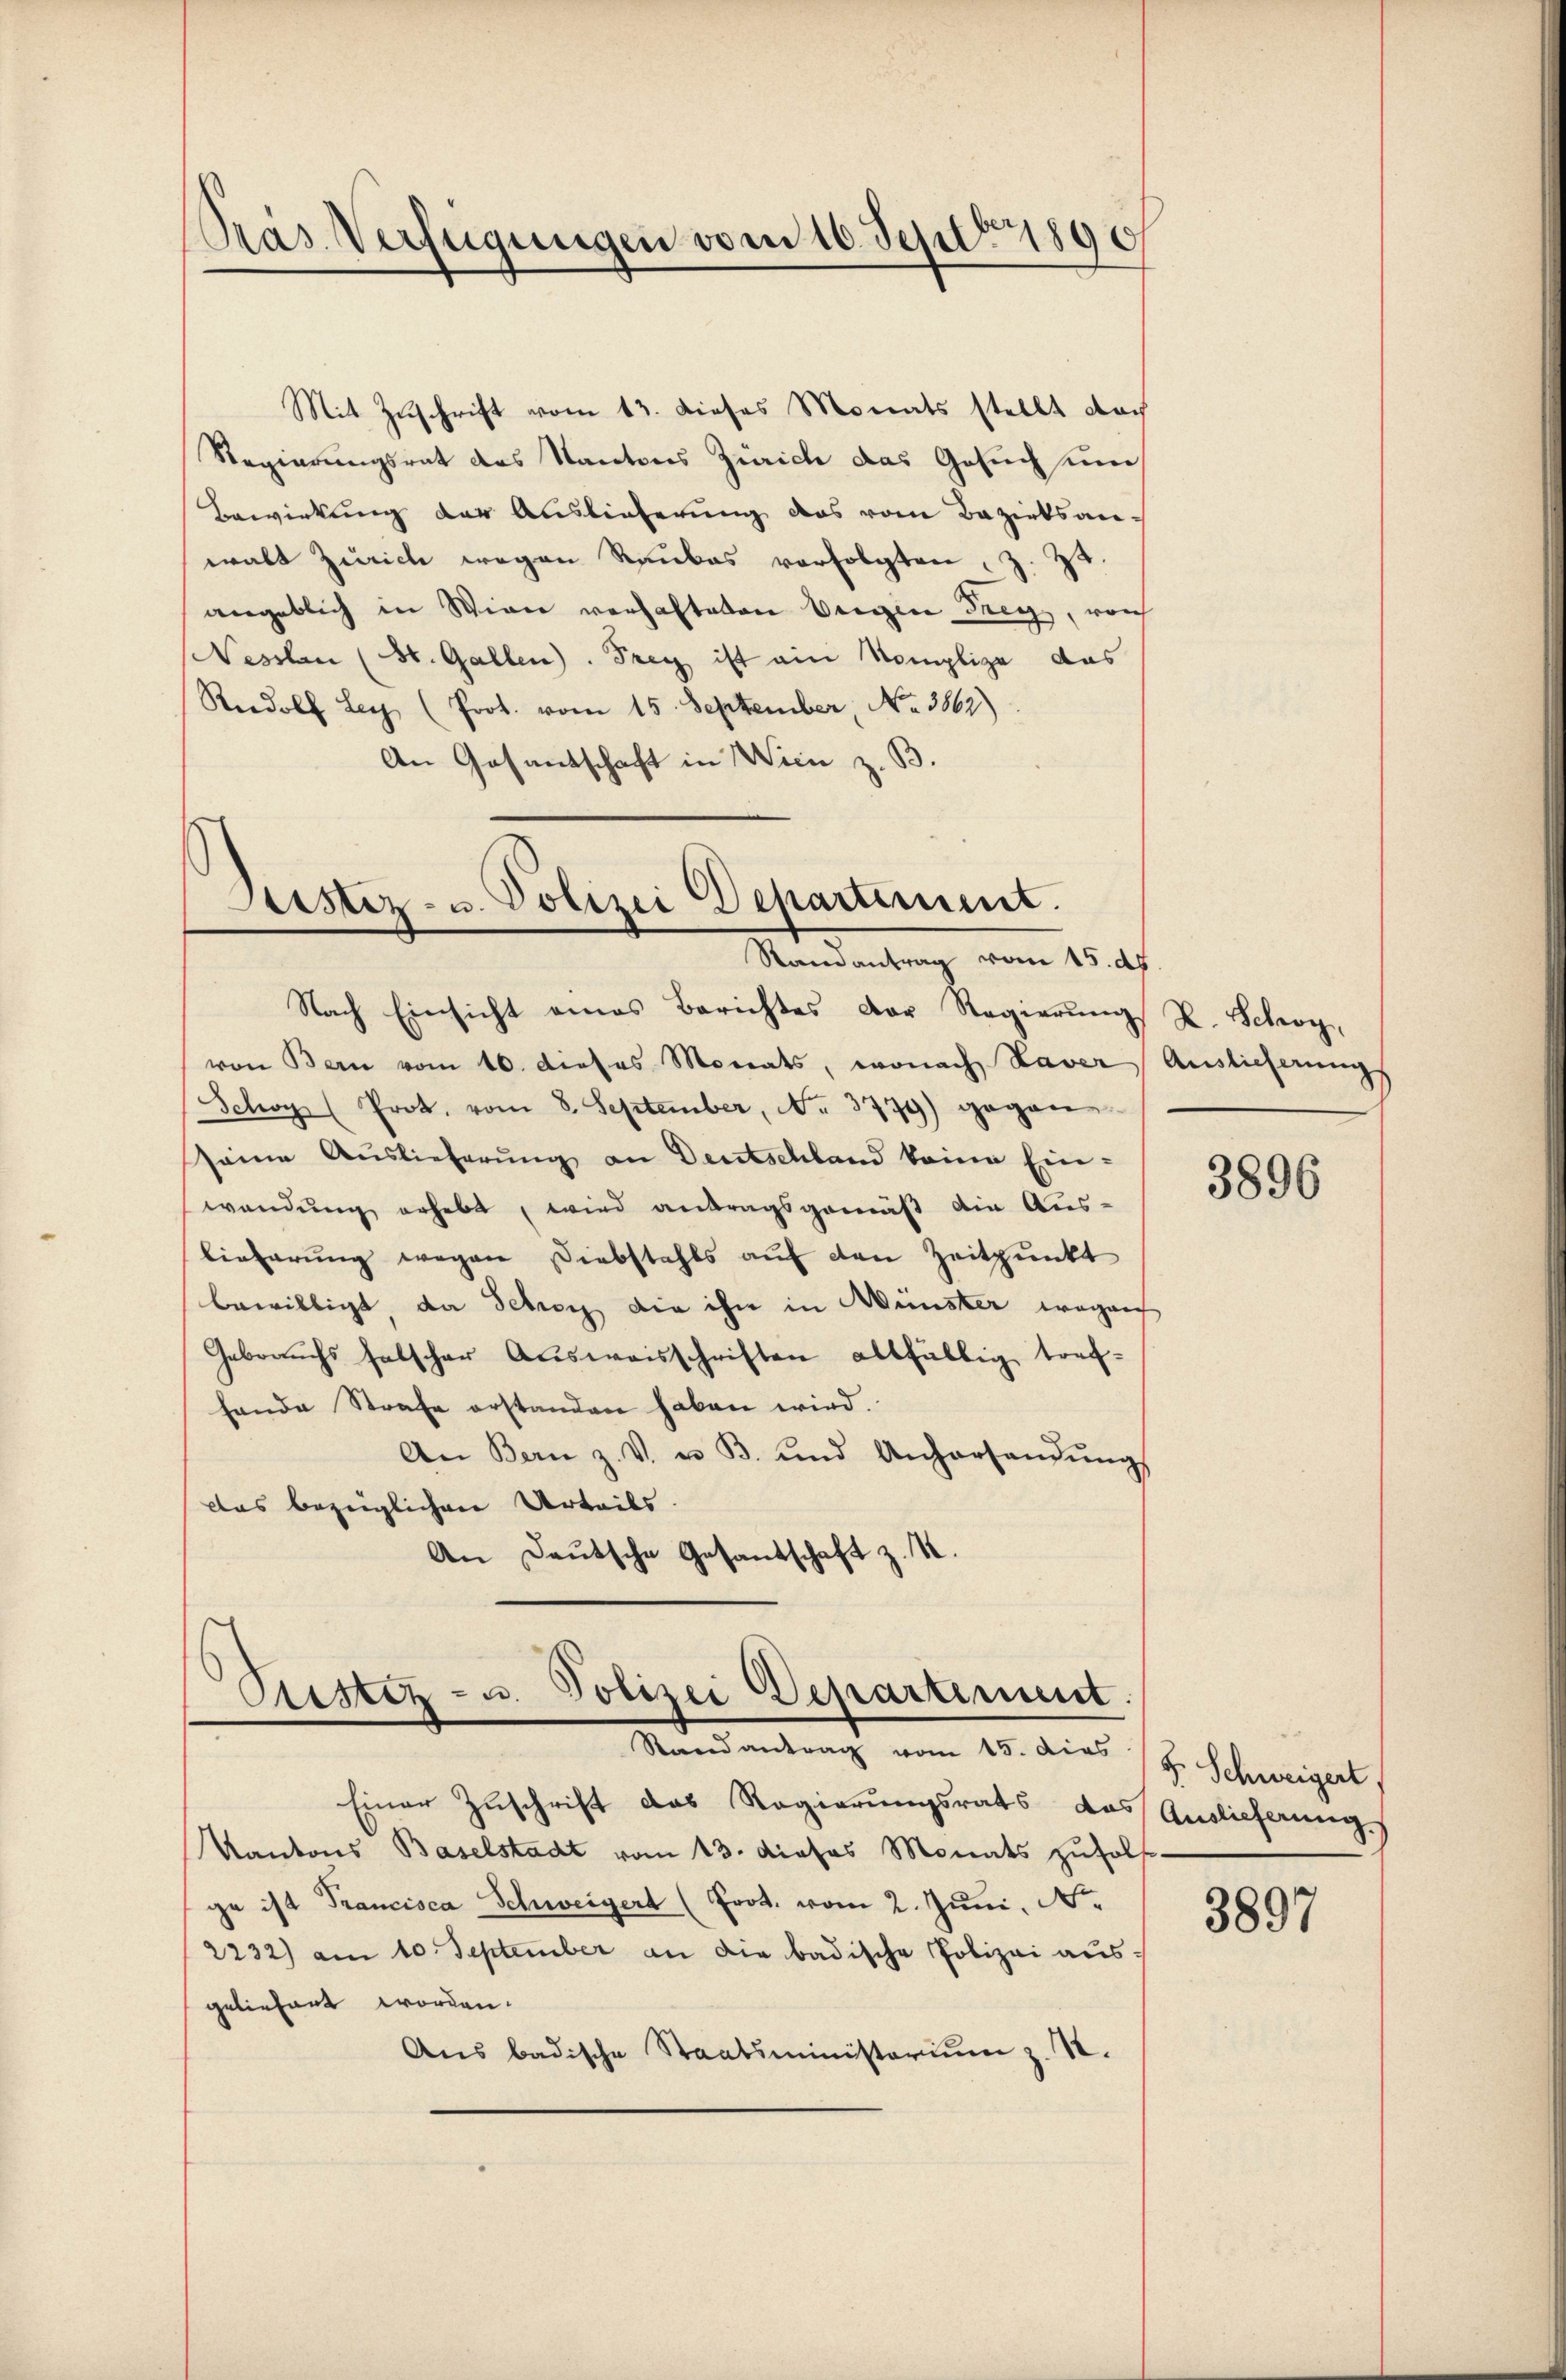
Pras Verfügungen vom 10. Sept 1890

Mit Zuschrift vom 13. dieses Monats stellt doch
Regierungsrat des Kantons Zürich das Gesuch um
Bewirkung der Auslieferung das vom Bezirksanwalt Zürich wegen Raubes verfolgten, z. Zt.
angeblich in Wien verhalteten Weigen Frey, von
Nessten (St. Gallen. Frey ist ain Komplize das
Radolf Ley (Prot. vom 15. September No. 3862)
An Gasantschaft in Wien z. B.

Geister- u. Polizei Departiment.
Randantrag vom 15. ds.

Nach Einsicht eines Berichtes Dor Regierŭng R. Schroy,
von Bern vom 10. dieses Monats, wonach Vaver Auslieferungs
Schoy (Prot. vom 8. September, No. 3779) gegen-
seine Auslieferung an Deutschland keine Einwendung erhebt, wird antragsgemäß die Aus-
lieferung wegen Diebstahls auf den Zeitpunkt
bewilligt, da Sebey die ihn in Wünster wegen
Gebrauchs falscher Aŭsweisschriften allfällig trefhande Strafe erstanden haben wird.
An Bern z. V. u. B. und Anhorsandŭng
das bezüglichen Urteils.
An Deutsche Gesandschaft z. S.

Siester- u. Polizei Departement.
Randantrag vom 15. dies

Einer Zuschrift das Regierungsrats das Auslieferung
Kantons Baselstadt vom 13. dieses Monats zŭholf
ge ist Trancisca Schweigert (Prot. vom 2. Juni, N.
2232) am 10. September an die badische Polizei ausgeliefert worden.
Aus badische Staatsministerium z. St.

3896

F. Schweigert

3897